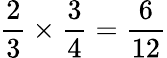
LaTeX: {\frac{2}{3}}\times{\frac{3}{4}}={\frac{6}{12}}